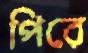
পিরে